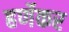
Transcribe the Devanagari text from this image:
हर्णेकर